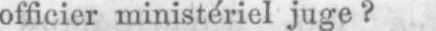
officier ministériel juge?